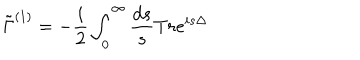
LaTeX: \tilde { \Gamma } ^ { ( 1 ) } = - \frac { i } { 2 } \int _ { 0 } ^ { \infty } \frac { d s } { s } T r e ^ { i s \Delta }